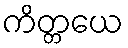
ကိတ္တယေ